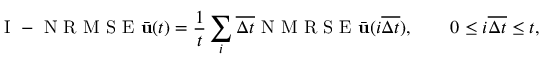
\mathrm { ~ I ~ - ~ N ~ R ~ M ~ S ~ E ~ } \bar { \mathbf { u } } ( t ) = \frac { 1 } { t } \sum _ { i } \overline { { \Delta t } } \mathrm { ~ N ~ M ~ R ~ S ~ E ~ } \bar { \mathbf { u } } ( i \overline { { \Delta t } } ) , \qquad 0 \leq i \overline { { \Delta t } } \leq t ,